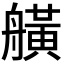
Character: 𦪗